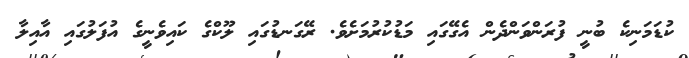
ކުޑަމަނިކެ ބުނީ ފުރަންވަންދެން އެގޭގައި މަޑުކުރުމަށެވެ. ރޭގަނޑުގައި ލޫކްގެ ކައިވެނީގެ އުފަލުގައި އާއިލާ